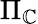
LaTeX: \Pi_{\mathbb{C}}